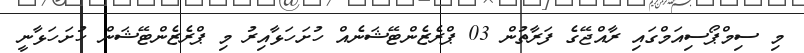
މި ސިމްޕޯސިއަމްގައި ރާއްޖޭގެ ފަރާތުން 03 ޕްރެޒެންޓޭޝަނެއް ހުށަހަޅާއިރު މި ޕްރެޒެންޓޭޝަން ހުށަހަޅާނީ